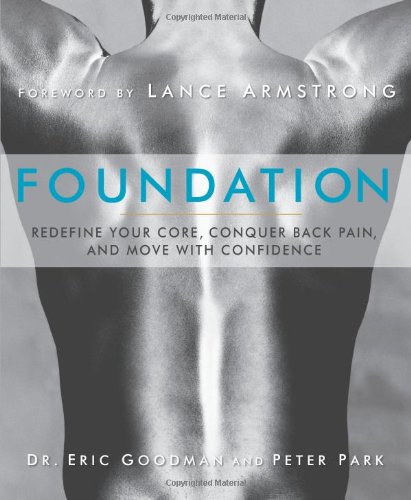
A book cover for Foundation: Redefine Your Core, Conquer Back Pain, and Move with Confidence; Eric Goodman; Science & Math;